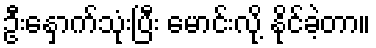
ဦးနှောက်သုံးပြီး မောင်းလို့ နိုင်ခဲ့တာ။